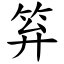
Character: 笲